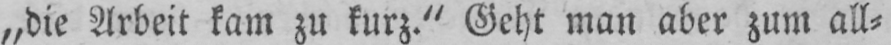
„die Arbeit kam zu kurz.” Geht man aber zum all⸗